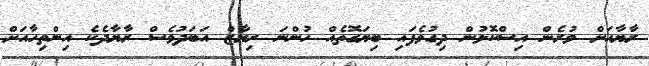
ރާޔާއަށް ވުރެން އިސްކޮޅުން ދިގުވެފައި ބިޔަގޮތެއް ހުންނަ ރިޔާޒް އަބަދުވެސް ރާޔާދެކެ އިންތިހާއަށް